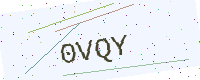
Text: 0VQY